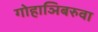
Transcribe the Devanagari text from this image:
गोहाञिबरुवा